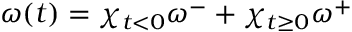
\omega ( t ) = \chi _ { t < 0 } \omega ^ { - } + \chi _ { t \geq 0 } \omega ^ { + }